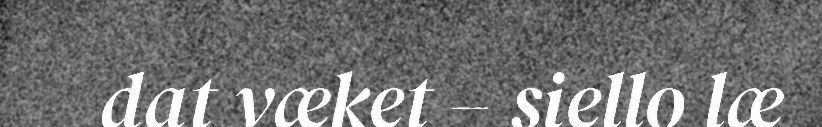
dat væket – siello læ